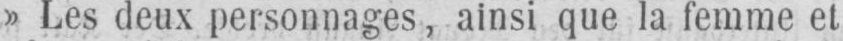
» Les deux personnages, ainsi que la femme et